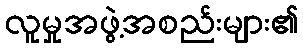
လူမှုအဖွဲ့အစည်းများ၏